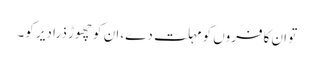
تو ان کافروں کو مہلت دے، ان کو چھوڑ ذرا دیر کو۔